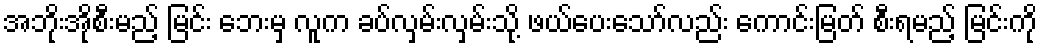
အဘိုးအိုစီးမည့် မြင်း ဘေးမှ လူက ခပ်လှမ်းလှမ်းသို့ ဖယ်ပေးသော်လည်း ကောင်းမြတ် စီးရမည့် မြင်းကို